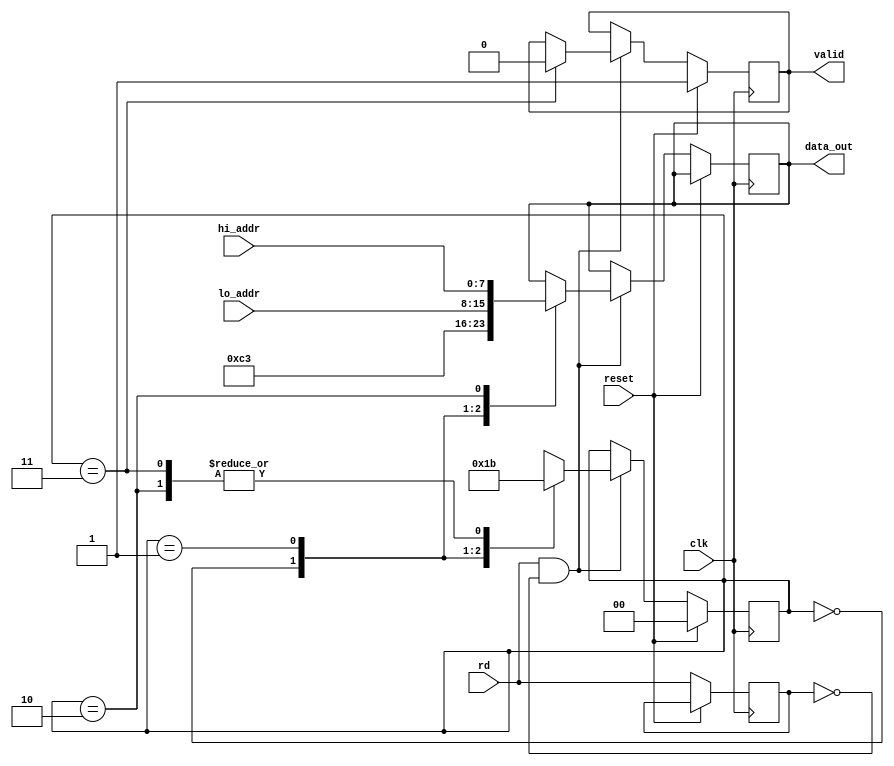
module jmp_boot(
  input clk,
  input reset,
  input rd,
  input [7:0] lo_addr,
  input [7:0] hi_addr,
  output reg [7:0] data_out,
  output reg valid
);
  reg [1:0] state = 2'b00;
  reg prev_rd = 0;
  always @(posedge clk)
  begin
	if (reset)
	begin
		state <= 2'b00;
		valid <= 1;
	end
	else 
	begin
		if (rd && prev_rd==0)
		begin
			case (state)
				2'b00 : begin
						data_out <= 8'b11000011; // JMP 0xfd00
						state <= 2'b01;
						end
				2'b01 : begin
						data_out <= lo_addr; //8'h00;
						state <= 2'b10;
						end
				2'b10 : begin
						data_out <= hi_addr; //8'hFD; 
						state <= 2'b11;
						end
				2'b11 : begin						
						state <= 2'b11;
						valid <= 0;
						end
			endcase
		end
		prev_rd = rd;
	end
  end
endmodule